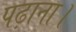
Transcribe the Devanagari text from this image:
पढ़ाना।